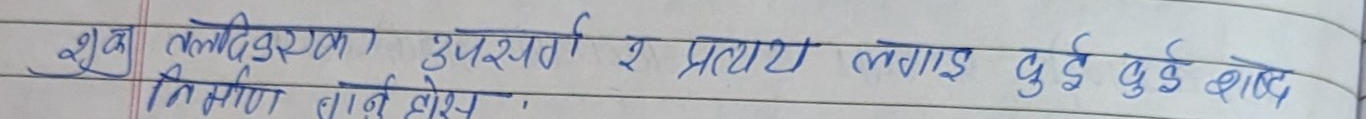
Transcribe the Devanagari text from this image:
शुक्ला तलदिको उपसर्ग र प्रत्यय लगाई दुई दुई वटा तिनेना बनाई होस्।